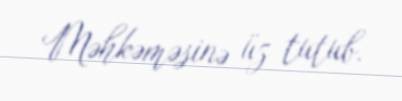
Məhkəməsinə üz tutub.